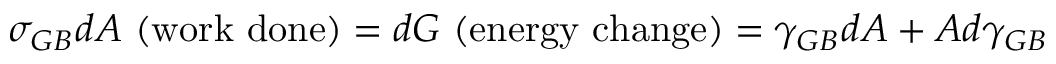
\sigma _ { G B } d A { \mathrm { ~ ( w o r k ~ d o n e ) } } = d G { \mathrm { ~ ( e n e r g y ~ c h a n g e ) } } = \gamma _ { G B } d A + A d \gamma _ { G B } \,